Annual report of the Punjab Veterinary College and of the Civil Veterinary Department, Punjab - 1894-1908
Year: 1894
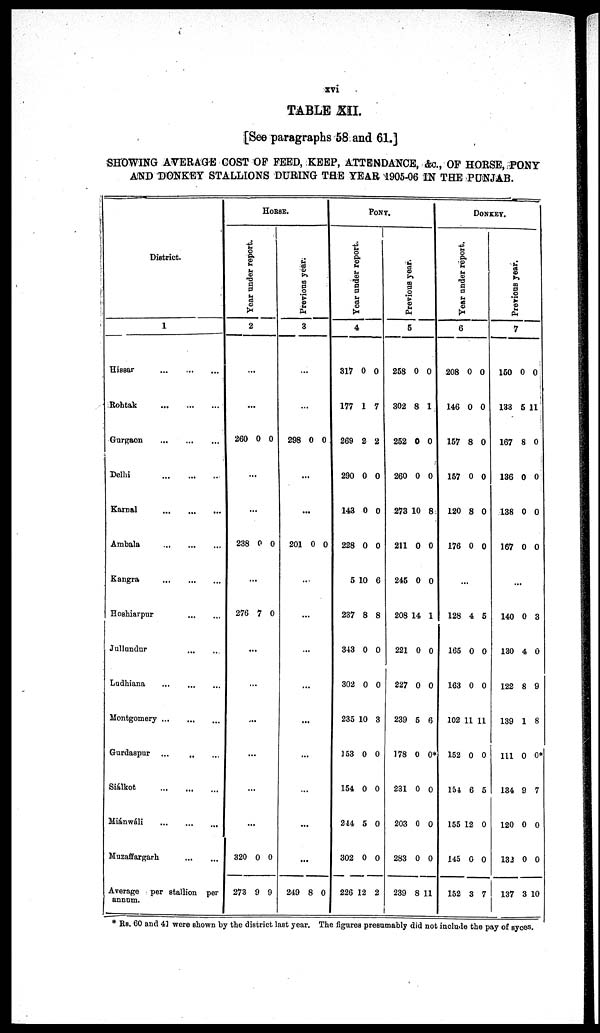
xvi
TABLE XII.
[See paragraphs 58 and 61.]
SHOWING AVERAGE COST OF FEED, KEEP, ATTENDANCE, &c., OF HORSE, PONY
AND DONKEY STALLIONS DURING THE YEAR 1905-06 IN THE PUNJAB.
District.
1
Hissar
...
...
...
Rohtak
...
...
...
Gurgaon ... ... ...
Delhi
...
...
...
Karnal
...
...
...
Ambala
...
...
...
Kangra
...
...
...
Hoshiarpur
...
...
Jullundur
...
..
Ludhiana ... ... ...
Montgomery
...
...
...
Gurdaspur ...
..
...
Siálkot
...
...
...
Miánwáli
...
...
...
Muzaffargarh
...
...
Average per stallion per
annum.
HORSE.
Year under report.
2
...
..
.
260 0 0
..
.
.
..
238 0 0
...
276 7 0
...
...
...
...
...
...
320
273
0
9
0
9
Pr evi ous year.
3
...
...
298 0 0
...
...
201 0 0
...
...
...
...
...
...
...
...
...
249 8 0
PONY.
Year under report.
4
317
177
269
290
143
228
5
237
343
302
235
153
154
244
302
226
0
1
2
0
0
0
10
8
0
0
10
0
0
5
0
12
0
7
2
0
0
0
6
8
0
0
3
0
0
0
0
2
Pr evi ous year.
5
258
302
252
260
273
211
245
208
221
227
239
178
231
203
283
239
0
8
0
0
10
0
0
14
0
0
5
0
0
0
0
8
0
1
0
0
8
0
0
1
0
0
0
0*
0
0
0
11
DONKEY.
Year under report.
6
208
146
157
157
120
176
0
0
8
0
8
0
0
0
0
0
0
0
...
128
105
163
102
152
154
155
145
152
4
0
0
11
0
6
12
0
3
5
0
0
11
0
5
0
0
7
Previous year.
7
150
133
167
136
138
167
0
5
8
0
0
0
0
11
0
0
0
0
...
140
130
122
139
111
134
120
132
137
0
4
8
1
0
9
0
0
3
3
0
9
8
0*
7
0
0
10
* RS. 60 and 41 were shown by the district last year. The figures presumably did not include the pay of syces.